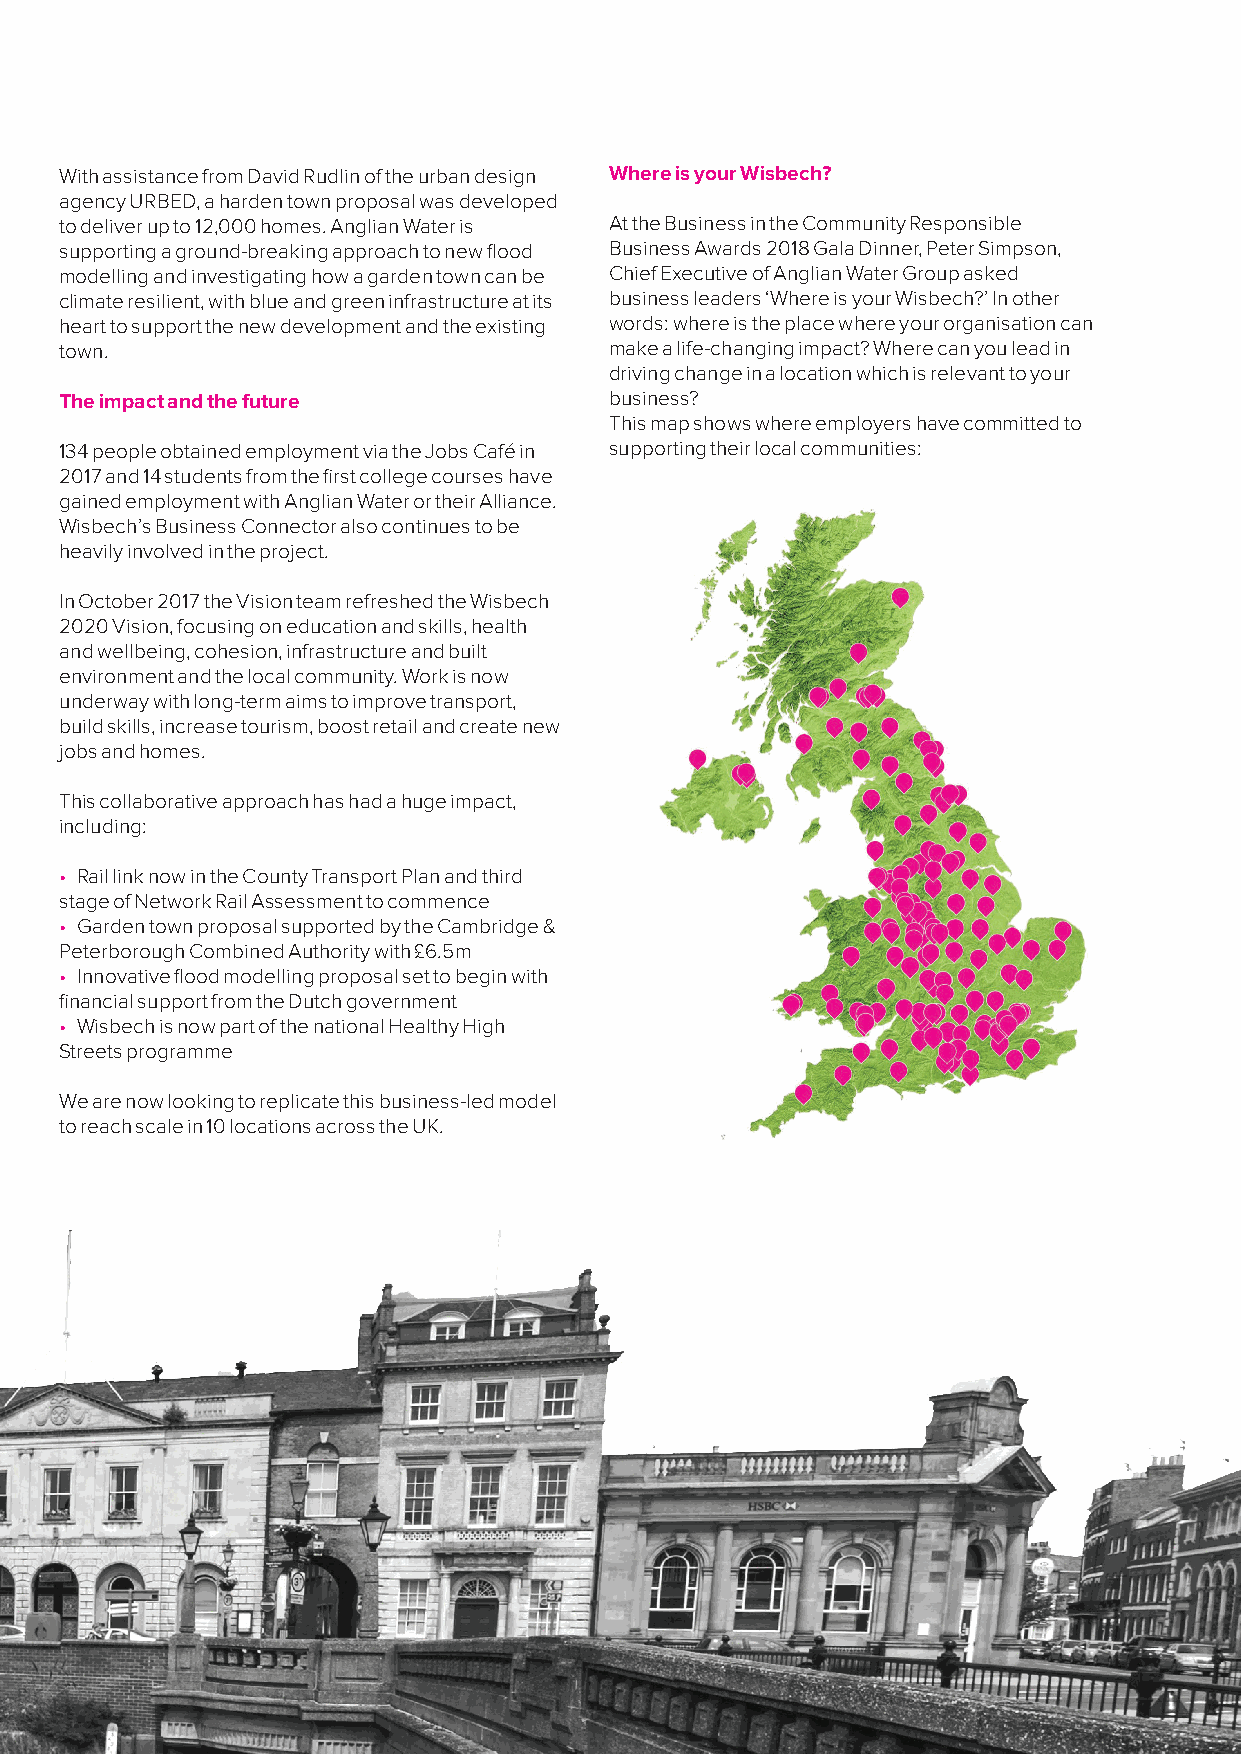
With assistance from David Rudlin of the urban design Where is your Wisbech?
 agency URBED, a harden town proposal was developed
 to deliver up to 12,000 homes. Anglian Water is At the Business in the Community Responsible
 supporting a ground-breaking approach to new flood Business Awards 2018 Gala Dinner, Peter Simpson,
 modelling and investigating how a garden town can be Chief Executive of Anglian Water Group asked
 climate resilient, with blue and green infrastructure at its business leaders ‘Where is your Wisbech?’ In other
 heart to support the new development and the existing words: where is the place where your organisation can
 town.                               make a life-changing impact? Where can you lead in
 driving change in a location which is relevant to your
 The impact and the future           business?
 This map shows where employers have committed to
 134 people obtained employment via the Jobs Café in supporting their local communities:
 2017 and 14 students from the first college courses have
 gained employment with Anglian Water or their Alliance.
 Wisbech’s Business Connector also continues to be
 heavily involved in the project.
 In October 2017 the Vision team refreshed the Wisbech
 2020 Vision, focusing on education and skills, health
 and wellbeing, cohesion, infrastructure and built
 environment and the local community. Work is now
 underway with long-term aims to improve transport,
 build skills, increase tourism, boost retail and create new
 jobs and homes.
 This collaborative approach has had a huge impact,
 including:
 • Rail link now in the County Transport Plan and third
 stage of Network Rail Assessment to commence
 • Garden town proposal supported by the Cambridge &
 Peterborough Combined Authority with £6.5m
 • Innovative flood modelling proposal set to begin with
 financial support from the Dutch government
 • Wisbech is now part of the national Healthy High
 Streets programme
 We are now looking to replicate this business-led model
 to reach scale in 10 locations across the UK.
 ww